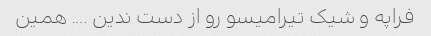
فراپه و شیک تیرامیسو رو از دست ندین …. همین